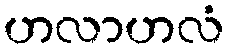
ဟလာဟလံ